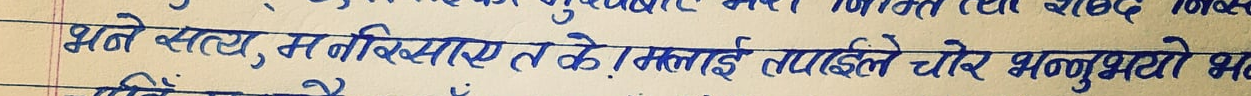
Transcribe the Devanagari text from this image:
भने सत्य, मनिख्स्याए त के मलाई तपाईंले चोर भन्नुभयो भ